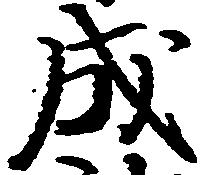
成